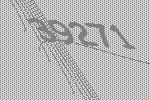
39271